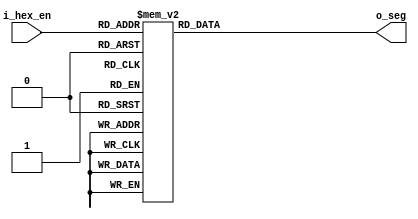
`timescale 1ns / 1ps
//////////////////////////////////////////////////////////////////////////////////
// Company: 
// Engineer: 
// 
// Design Name: 
// Module Name: seven_seg_converter
// Project Name: 
// Target Devices: 
// Tool Versions: 
// Description: 
// 
// Dependencies: 
// 
// Revision:
// Revision 0.01 - File Created
// Additional Comments:
// 
//////////////////////////////////////////////////////////////////////////////////

module seven_seg_converter
  #(parameter DATA_WIDTH_IN = 4 , 
  parameter DATA_WIDTH_OUT = 8 
   )
( input [DATA_WIDTH_IN-1:0] i_hex_en , 
  output  [DATA_WIDTH_OUT-1:0] o_seg );
  
  reg [DATA_WIDTH_OUT-1:0] o_seven_seg ;
  
  assign o_seg = o_seven_seg ;
	
	always @(*)
	begin
	case(i_hex_en)
	4'h0:o_seven_seg[DATA_WIDTH_OUT-1:0] =	8'b0000_0011; ///digit 0
	4'h1:o_seven_seg[DATA_WIDTH_OUT-1:0] = 8'b1001_1111; //digit 1
	4'h2:o_seven_seg[DATA_WIDTH_OUT-1:0] = 8'b0010_0101;  ///digit 2 
	4'h3:o_seven_seg[DATA_WIDTH_OUT-1:0]=	8'b0000_1101; //digit 3
	4'h4:o_seven_seg[DATA_WIDTH_OUT-1:0] = 8'b1001_1001; //digit 4 
	4'h5:o_seven_seg[DATA_WIDTH_OUT-1:0] = 8'b0100_1001; //digit 5 
	4'h6:o_seven_seg[DATA_WIDTH_OUT-1:0] = 8'b0100_0001; //digit 6
	4'h7:o_seven_seg[DATA_WIDTH_OUT-1:0] = 8'b0001_1111; //digit 7 
	4'h8:o_seven_seg[DATA_WIDTH_OUT-1:0] = 8'b0000_0001;  ///digit 8
	4'h9:o_seven_seg[DATA_WIDTH_OUT-1:0] = 8'b0001_1001;  //digit 9
	4'ha:o_seven_seg[DATA_WIDTH_OUT-1:0] = 8'b0001_0001;  ///digit 10 = a
	4'hb:o_seven_seg[DATA_WIDTH_OUT-1:0] = 8'b1100_0001; //digit 11 = b
	4'hc:o_seven_seg[DATA_WIDTH_OUT-1:0] = 8'b0110_0011; //digit 12 = c
	4'hd:o_seven_seg[DATA_WIDTH_OUT-1:0] = 8'b1000_0101;  //digit 13 = d
	4'he:o_seven_seg[DATA_WIDTH_OUT-1:0] = 8'b0110_0001;  //digit 14 = e
	default:o_seven_seg[DATA_WIDTH_OUT-1:0]  = 8'b0111_0001; //digit 15 = f 
endcase
 end

endmodule